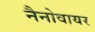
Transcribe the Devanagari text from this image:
नैनोवायर